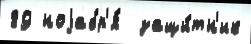
89 ноjабр'я́  защи́тн'ик